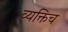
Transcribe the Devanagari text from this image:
व्यक्तिच